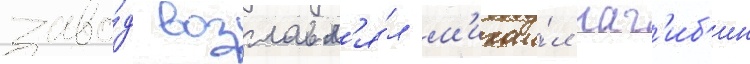
заво́д возглавл'я́л м'ихаи́л наг'иб'ин